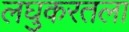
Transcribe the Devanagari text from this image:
लघुकरतला